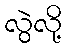
လွဲလို့